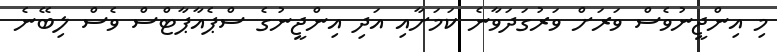
މި އިންޖީނުވެސް ވަރަށް ވަރުގަދަވާނެ ކަަމަށާއި އަދި އިންޖީނުގެ ސްޕެއާޕާޓްސް ވެސް ލިބޭނެ